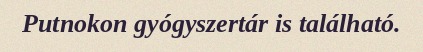
Putnokon gyógyszertár is található.